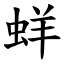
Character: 蛘